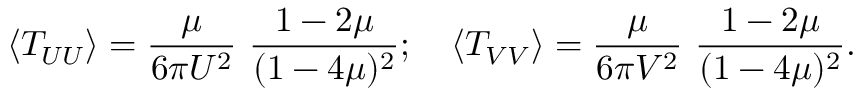
\left< T _ { U U } \right> = { \frac { \mu } { 6 \pi U ^ { 2 } } } \ { \frac { 1 - 2 \mu } { ( 1 - 4 \mu ) ^ { 2 } } } ; \quad \left< T _ { V V } \right> = { \frac { \mu } { 6 \pi V ^ { 2 } } } \ { \frac { 1 - 2 \mu } { ( 1 - 4 \mu ) ^ { 2 } } } .